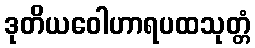
ဒုတိယဝေါဟာရပထသုတ္တံ